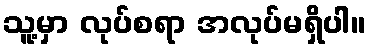
သူ့မှာ လုပ်စရာ အလုပ်မရှိပါ။